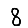
Digit: 8